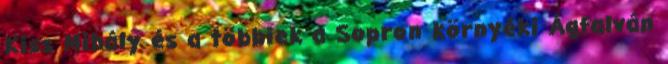
Kiss Mihály és a többiek a Sopron környéki Ágfalván